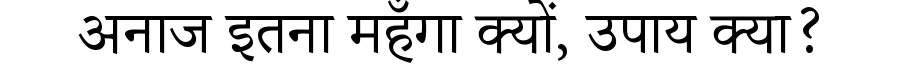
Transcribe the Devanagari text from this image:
अनाज इतना महँगा क्यों, उपाय क्या?